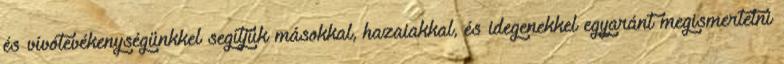
és vívótevékenységünkkel segítjük másokkal, hazaiakkal, és idegenekkel egyaránt megismertetni